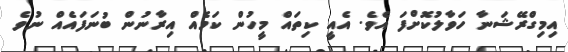
އިމިގްރޭޝަނާ ހަވާލުކޮށްފަ އެވެ. އެއީ ކިތައް މީހުން ކަމެއް އިރާނުން ބުނަފައެއް ނުވެ